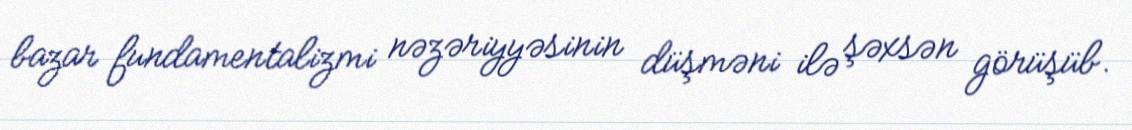
bazar fundamentalizmi nəzəriyyəsinin düşməni ilə şəxsən görüşüb.